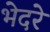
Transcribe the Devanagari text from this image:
भेदरे